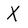
Character: X